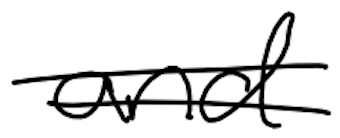
Text: and
Cross-out: double-line
Writing tool: digital_black